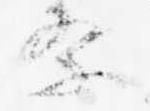
祭